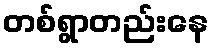
တစ်ရွာတည်းနေ